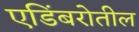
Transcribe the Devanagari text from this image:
एडिंबरोतील